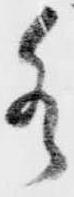
水